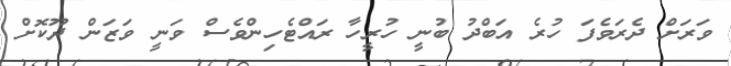
ވަރަށް ދެރަވެފަ ހުރެ އަބްދު ބުނީ ހުރީހާ ރައްޓެހިންވެސް ވަނީ ވަޒަން ދޫކޮށް